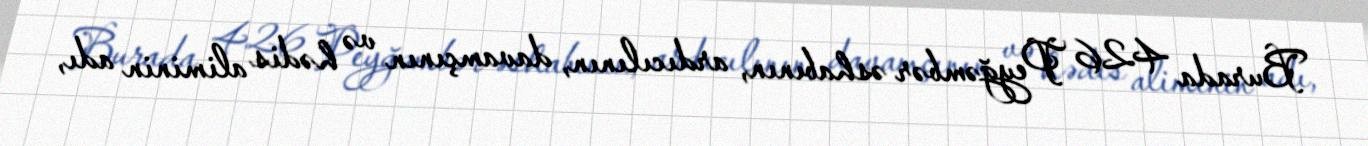
Burada 426 Peyğəmbər əshabının, ardıcılının, davamçının və hədis aliminin adı,